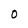
Character: 0